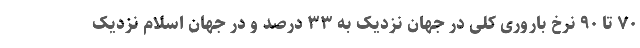
۷۰ تا ۹۰ نرخ باروری کلی در جهان نزدیک به ۳۳ درصد و در جهان اسلام نزدیک